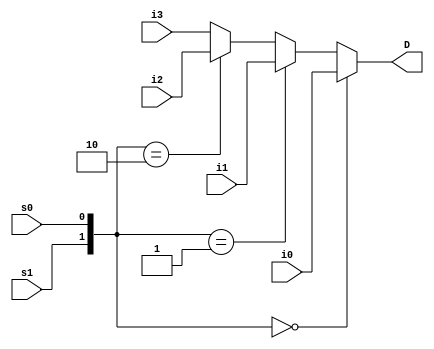
module multiplexer41DataFlow(i0, i1, i2, i3, s0, s1, D);

    input i0, i1, i2, i3, s0, s1;
    output D;


    // Dataflow Approach (Part b)
    assign D = ({s1,s0} == 2'b00)? i0 : ({s1,s0} == 2'b01)? i1 : ({s1,s0} == 2'b10)? i2 : i3;


    // Previous Part
    // wire y0, y1, y2, y3;


    // and(y0, i0, ~s1, ~s0);
    // and(y1, i1, ~s1,  s0);
    // and(y2, i2,  s1, ~s0);
    // and(y3, i3,  s1,  s0);


    // or(D, y0, y1, y2, y3);

endmodule